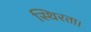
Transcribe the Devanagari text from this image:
स्थिरता।